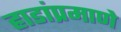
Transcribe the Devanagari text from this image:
हाडांप्रमाणे